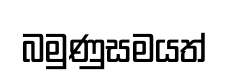
බමුණුසමයත්